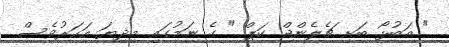
" އަބުޅޯ ބަށި ޗެލެންޖް ކަޕް " ގެ ނަމުގައި މިދިޔަ އަހަރުވެސް